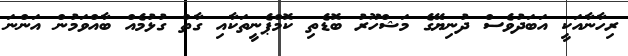
ރިހާނާއަކީ އަބަދުވެސް ދުނިޔޭގެ މަޝްހޫރު ބޮޑެތި ކޮމްޕެނީތަކާއި ގާތް ގުޅުމެއް ބާއްވަމުން އަންނަ